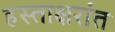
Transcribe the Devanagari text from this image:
हस्ताक्षरांत